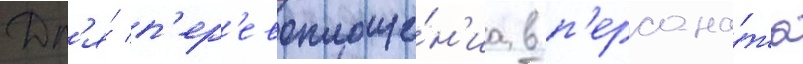
Дл'я́ п'ер'евоплоще́н'иа в п'ерсона́жа